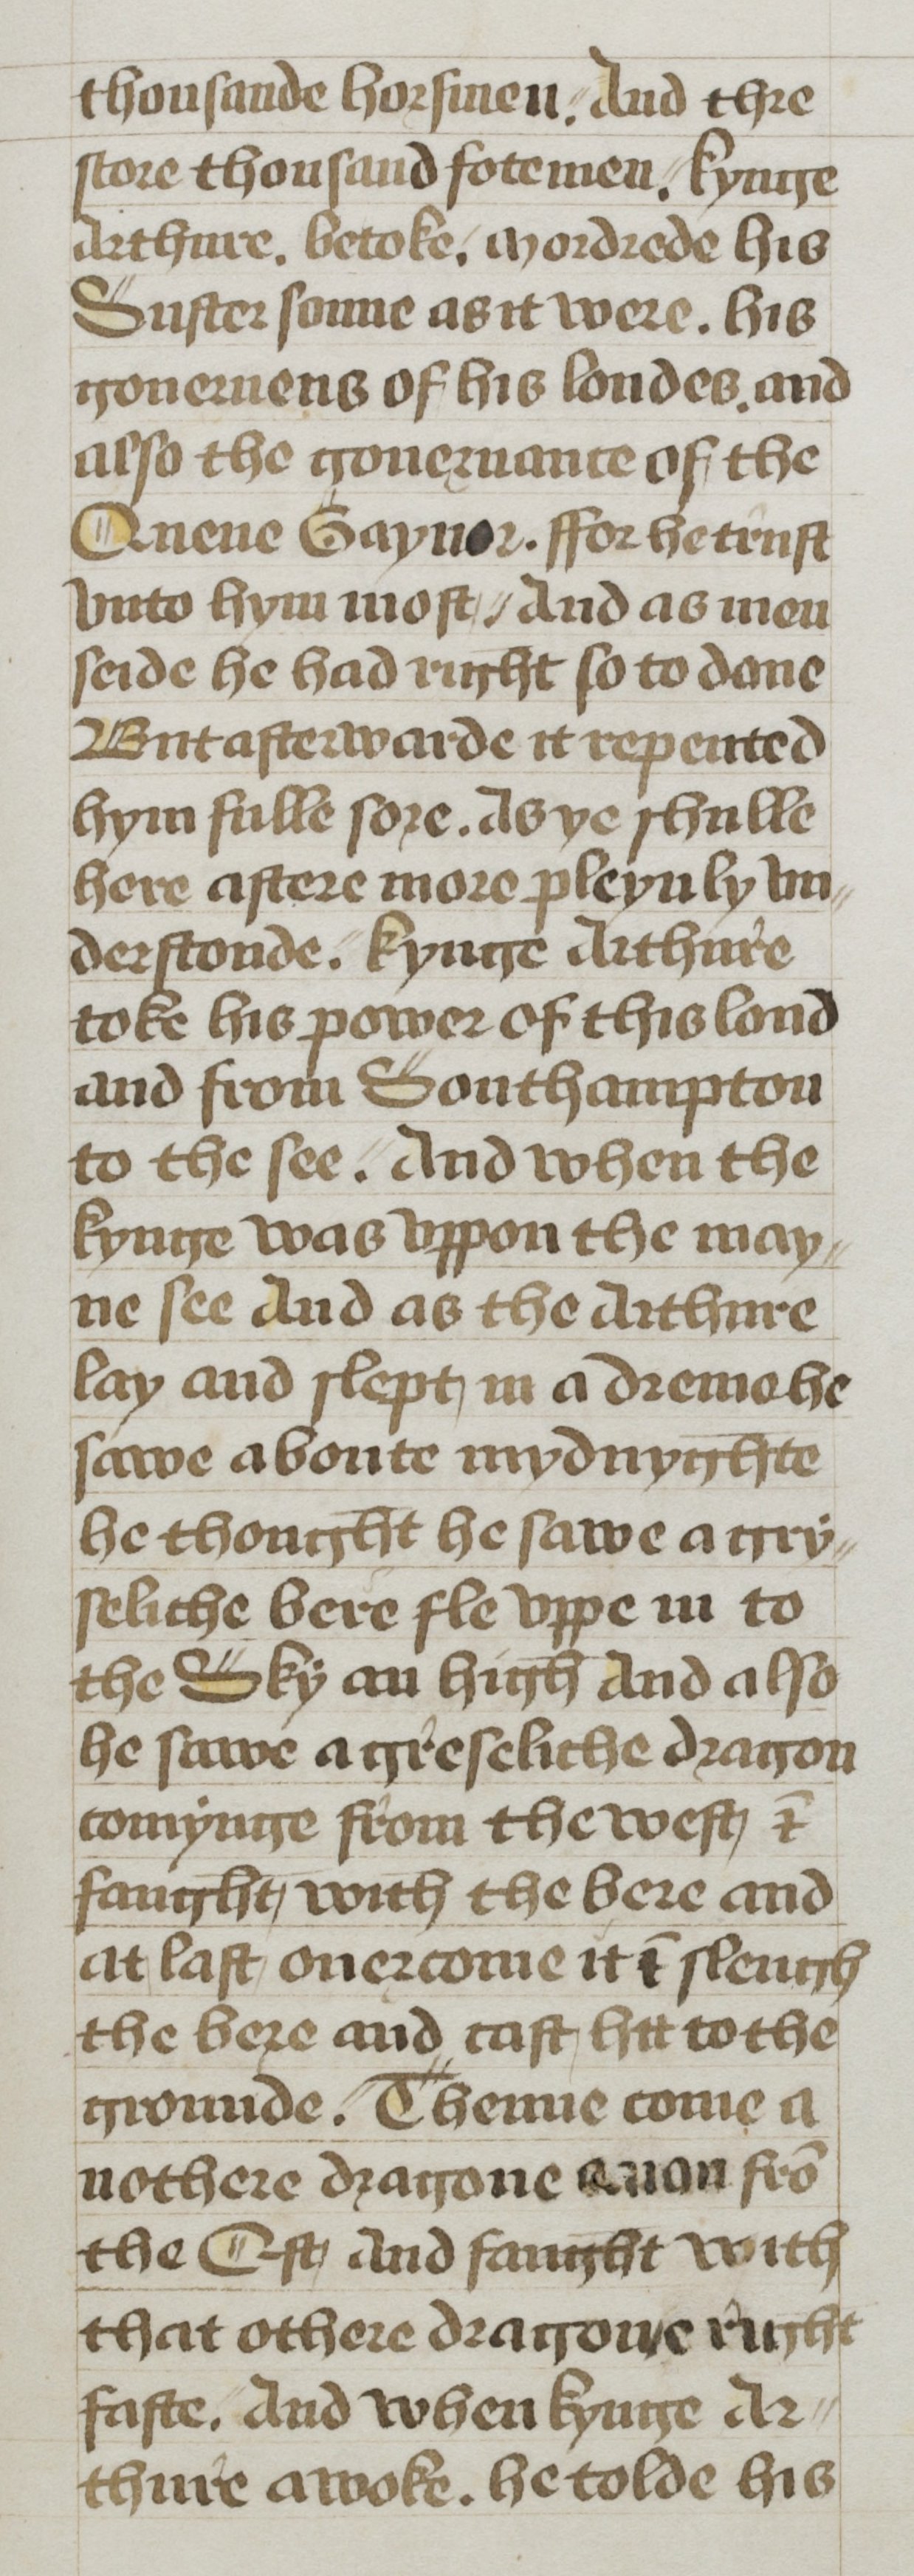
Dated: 1400–1499